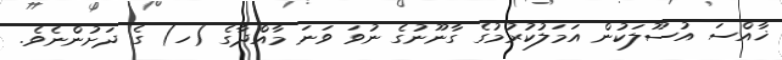
ޚާއްސަ އުސޫލަކުން އަމަލުކުރުމުގެ ގާނޫނުގެ ނުވަ ވަނަ މާއްދާގެ (ހ) ގެ ދަށުންނެވެ.